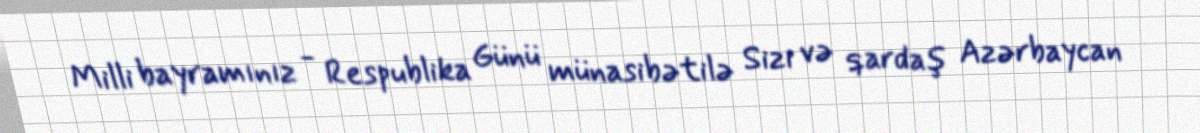
Milli bayramınız - Respublika Günü münasibətilə Sizi və qardaş Azərbaycan